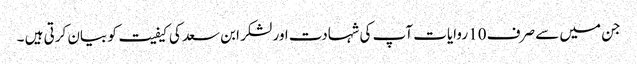
جن میں سے صرف 10 روایات آپ کی شہادت اور لشکر ابن سعد کی کیفیت کو بیان کرتی ہیں ۔